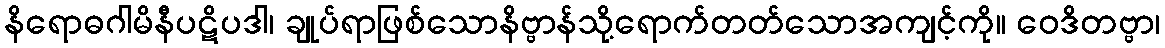
နိရောဓဂါမိနီပဋိပဒါ၊ ချုပ်ရာဖြစ်သောနိဗ္ဗာန်သို့ရောက်တတ်သောအကျင့်ကို။ ဝေဒိတဗ္ဗာ၊